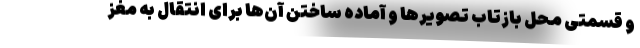
و قسمتی محل بازتاب تصویرها و آماده ساختن آن‌ها برای انتقال به مغز